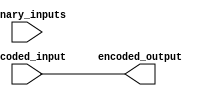
module priority_encoder_decoder(
    input [7:0] binary_inputs,
    output [2:0] encoded_output,
    input [2:0] decoded_input
);

assign encoded_output = {binary_inputs[7], binary_inputs[6], binary_inputs[5]};
assign decoded_input = {binary_inputs[7], binary_inputs[6], binary_inputs[5]};

endmodule